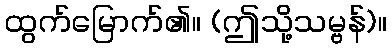
ထွက်မြောက်၏။ (ဤသို့သမ္ဗန်)။